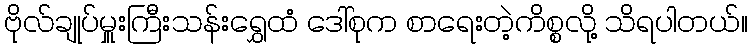
ဗိုလ်ချုပ်မှူးကြီးသန်းရွှေထံ ဒေါ်စုက စာရေးတဲ့ကိစ္စလို့ သိရပါတယ်။